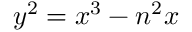
y ^ { 2 } = x ^ { 3 } - n ^ { 2 } x